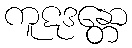
ကူဋဒန္တော